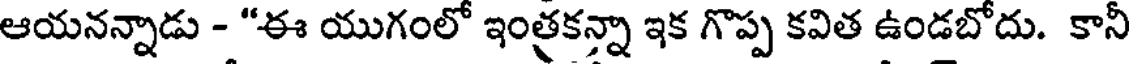
ఆయనన్నాడు - "ఈ యుగంలో ఇంత్రకన్నా ఇక గొప్ప కవిత ఉండబోదు. కానీ